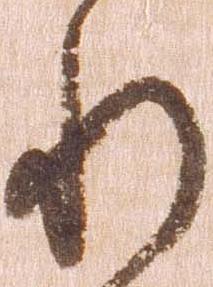
れ